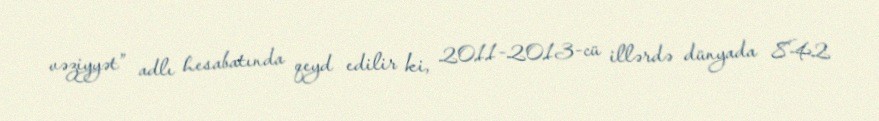
vəziyyət” adlı hesabatında qeyd edilir ki, 2011-2013-cü illərdə dünyada 842